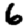
Digit: 6